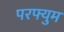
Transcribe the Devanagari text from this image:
परफ्युम